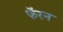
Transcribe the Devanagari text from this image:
फॅरन